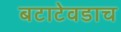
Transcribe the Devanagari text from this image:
बटाटेवडाच